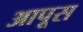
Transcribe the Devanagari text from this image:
आपूस